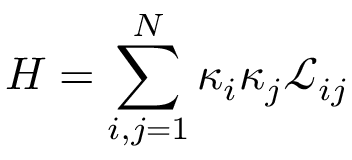
H = \sum _ { i , j = 1 } ^ { N } \kappa _ { i } \kappa _ { j } \mathcal { L } _ { i j }